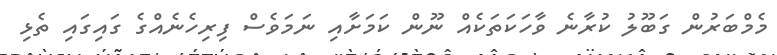
މެމްބަރުން ގަބޫލު ކުރާނެ ވާހަކަތަކެއް ނޫން ކަމަށާއި ނަމަވެސް ފިރިހެނެއްގެ ގައިގައި ތެޅި